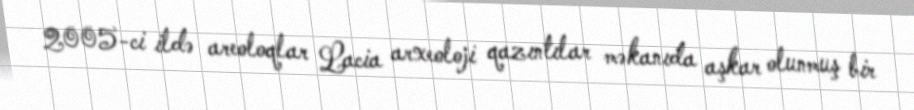
2005-ci ildə areoloqlar Lacia arxeoloji qazıntılar məkanıda aşkar olunmuş bir